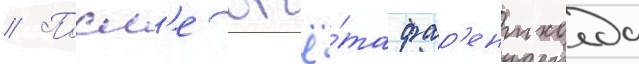
// Посл'е отчё́та фар'ентхолда